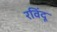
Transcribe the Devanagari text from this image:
रविंदू